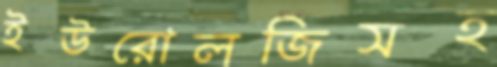
ইউরোলজিসহ